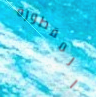
المقطورة